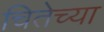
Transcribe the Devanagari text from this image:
चितेच्या